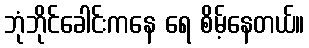
ဘုံဘိုင်ခေါင်းကနေ ရေ စိမ့်နေတယ်။